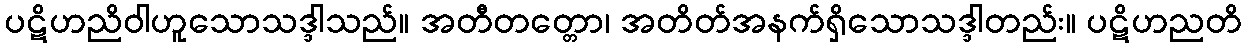
ပဋိဟညိဝါဟူသောသဒ္ဒါသည်။ အတီတတ္တော၊ အတိတ်အနက်ရှိသောသဒ္ဒါတည်း။ ပဋိဟညတိ